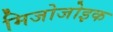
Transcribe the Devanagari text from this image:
मिजोजोइक